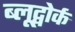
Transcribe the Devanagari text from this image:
ब्लूद्वोर्क